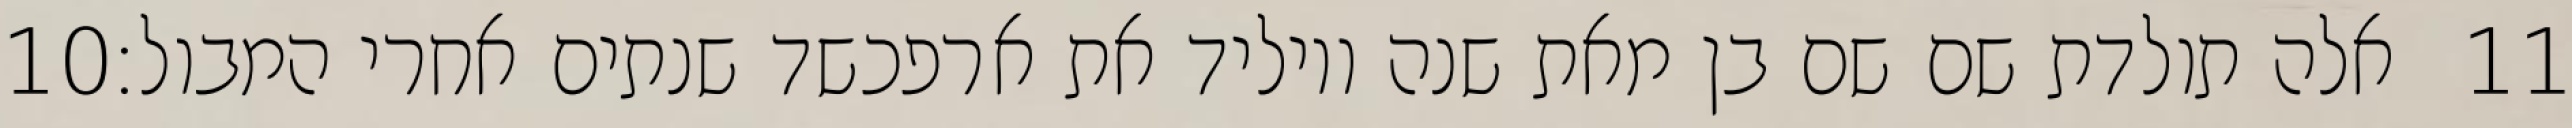
‎10‏ אלה תולדת שם שם בן מאת שנה ויוליד את ארפכשד שנתים אחרי המבול׃ ‎11‏